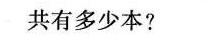
共有多少本?